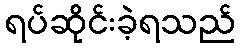
ရပ်ဆိုင်းခဲ့ရသည်